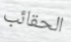
الحقائب